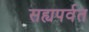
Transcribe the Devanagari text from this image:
सह्यपर्वत